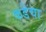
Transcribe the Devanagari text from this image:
कडेचा